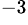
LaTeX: ^{-3}